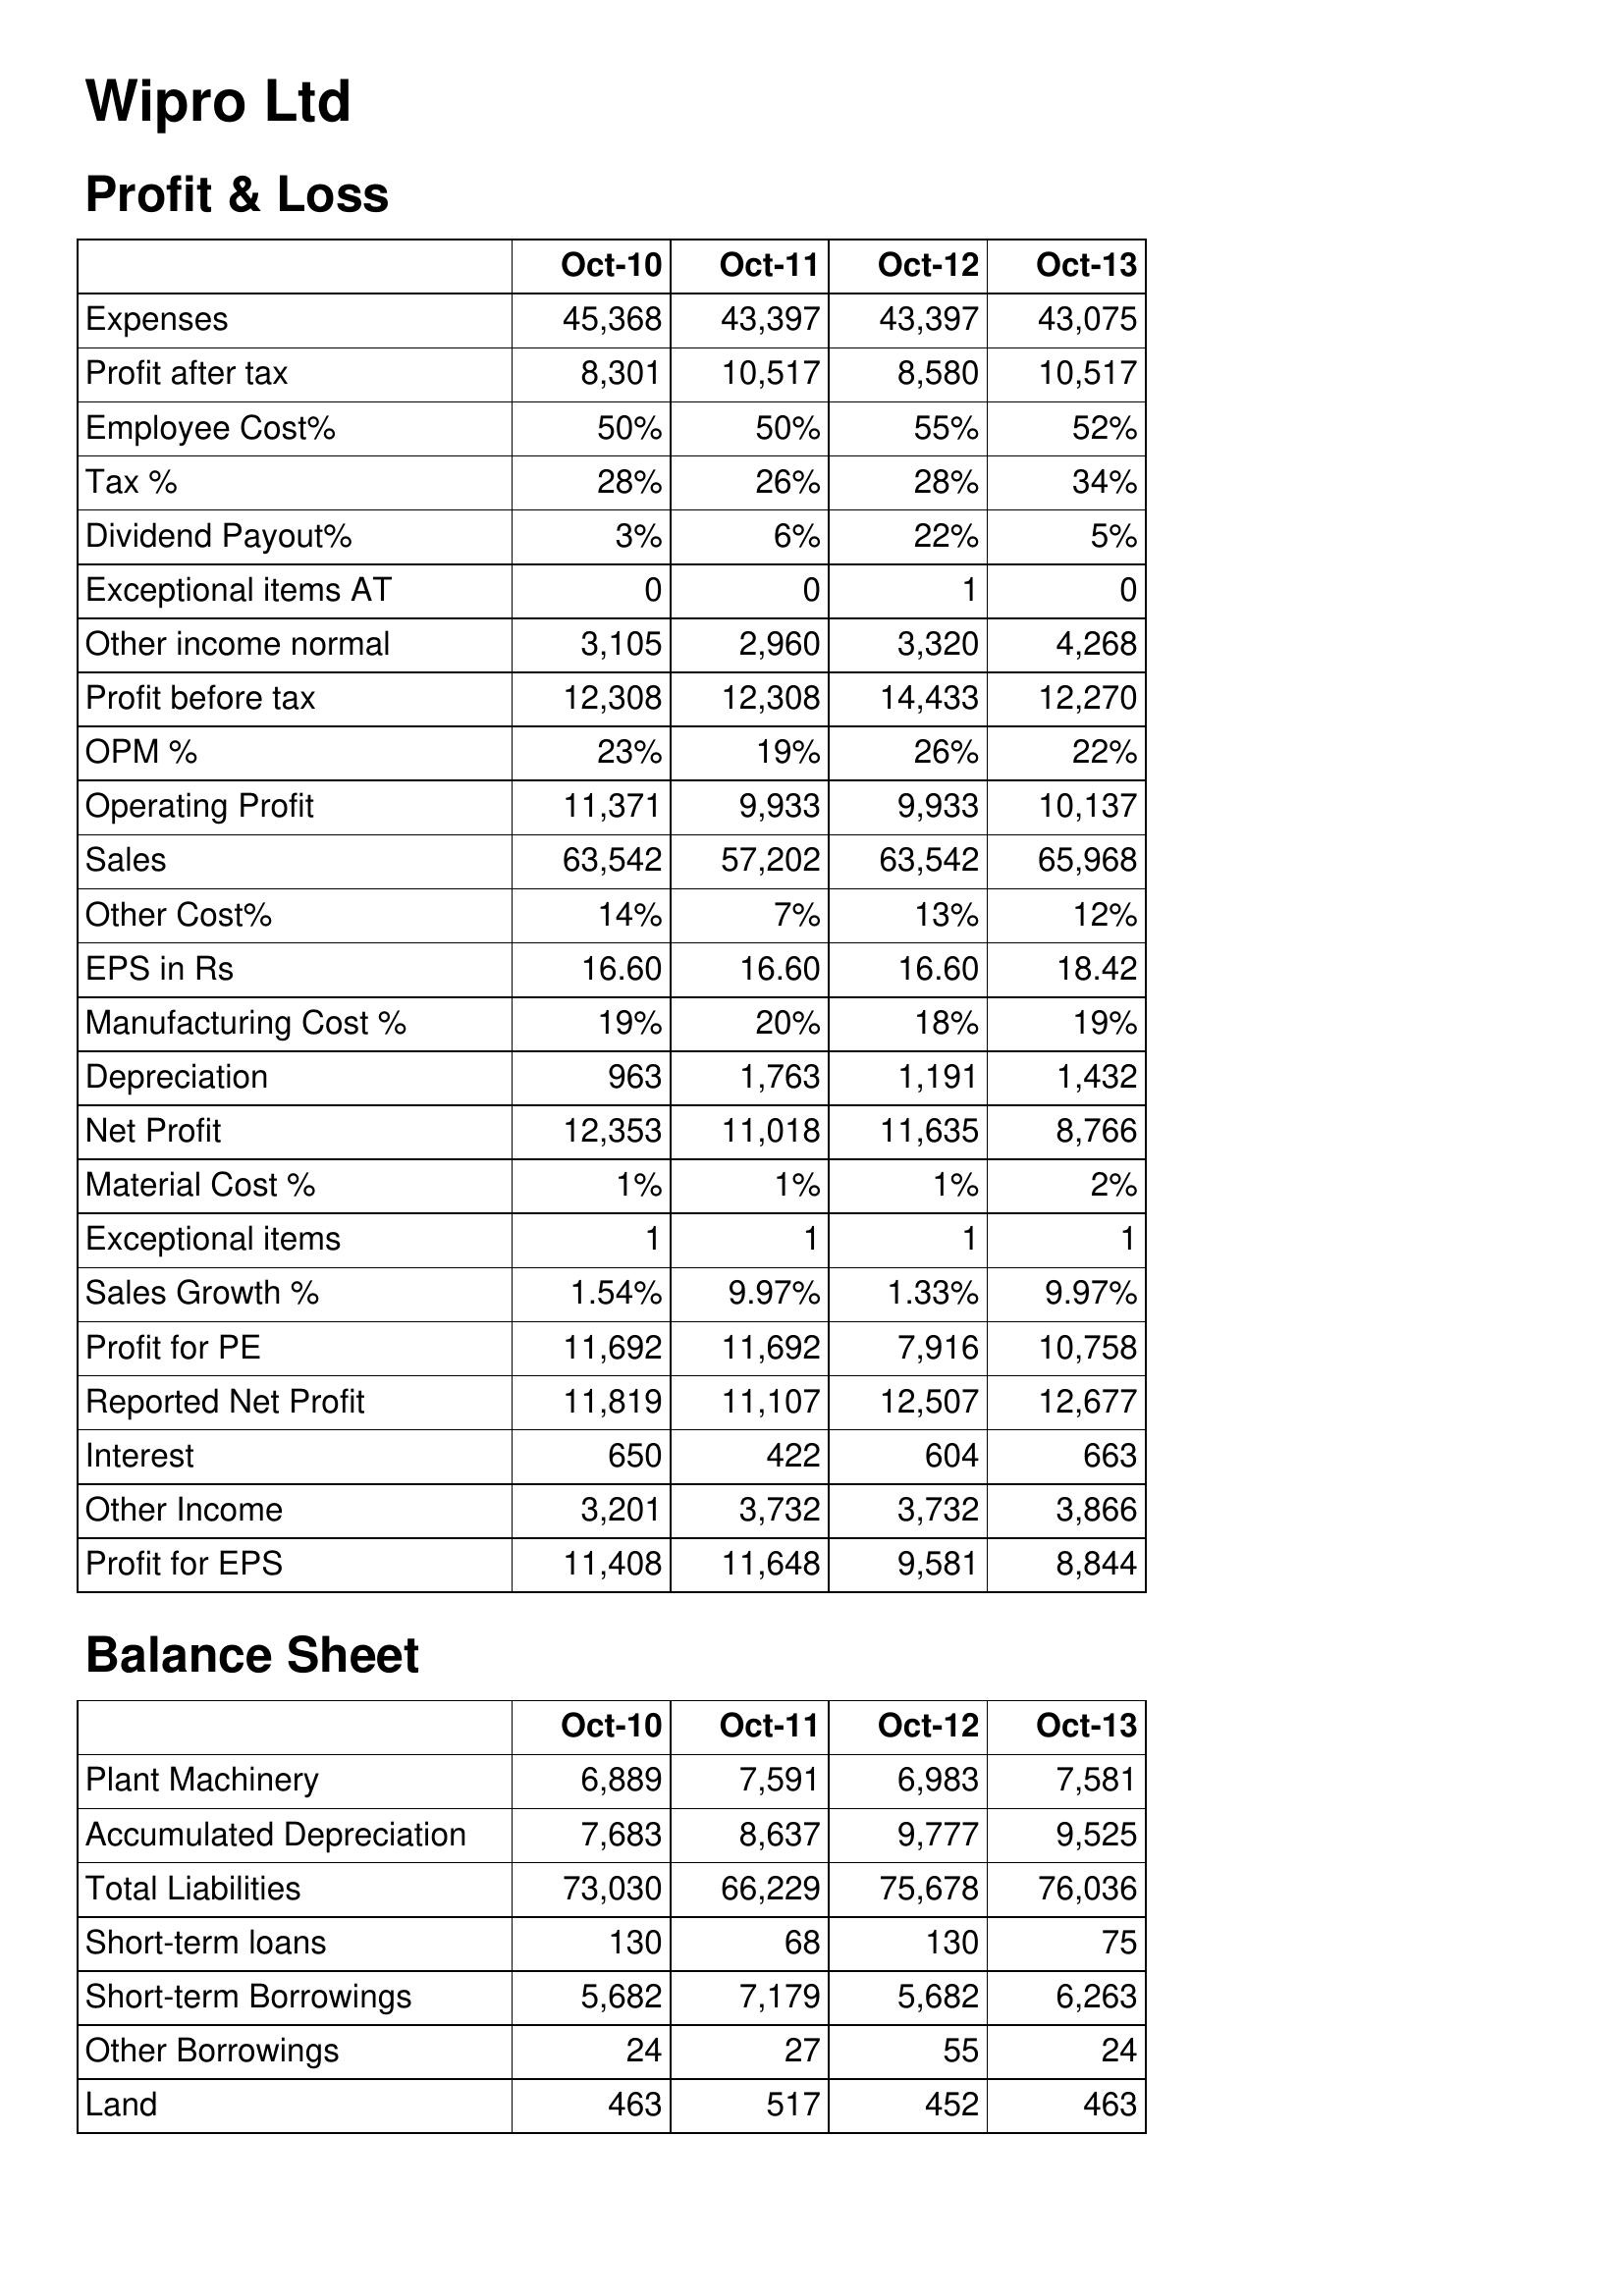
Oct-10: Profit & Loss: Expenses: 45,368
Profit after tax: 8,301
Employee Cost%: 50%
Tax %: 28%
Dividend Payout%: 3%
Exceptional items AT: 0
Other income normal: 3,105
Profit before tax: 12,308
OPM %: 23%
Operating Profit: 11,371
Sales: 63,542
Other Cost%: 14%
EPS in Rs: 16.60
Manufacturing Cost %: 19%
Depreciation: 963
Net Profit: 12,353
Material Cost %: 1%
Exceptional items: 1
Sales Growth %: 1.54%
Profit for PE: 11,692
Reported Net Profit: 11,819
Interest: 650
Other Income: 3,201
Profit for EPS: 11,408
Balance Sheet: Plant Machinery: 6,889
Accumulated Depreciation: 7,683
Total Liabilities: 73,030
Short-term loans: 130
Short-term Borrowings: 5,682
Other Borrowings: 24
Land: 463
Oct-11: Profit & Loss: Expenses: 43,397
Profit after tax: 10,517
Employee Cost%: 50%
Tax %: 26%
Dividend Payout%: 6%
Exceptional items AT: 0
Other income normal: 2,960
Profit before tax: 12,308
OPM %: 19%
Operating Profit: 9,933
Sales: 57,202
Other Cost%: 7%
EPS in Rs: 16.60
Manufacturing Cost %: 20%
Depreciation: 1,763
Net Profit: 11,018
Material Cost %: 1%
Exceptional items: 1
Sales Growth %: 9.97%
Profit for PE: 11,692
Reported Net Profit: 11,107
Interest: 422
Other Income: 3,732
Profit for EPS: 11,648
Balance Sheet: Plant Machinery: 7,591
Accumulated Depreciation: 8,637
Total Liabilities: 66,229
Short-term loans: 68
Short-term Borrowings: 7,179
Other Borrowings: 27
Land: 517
Oct-12: Profit & Loss: Expenses: 43,397
Profit after tax: 8,580
Employee Cost%: 55%
Tax %: 28%
Dividend Payout%: 22%
Exceptional items AT: 1
Other income normal: 3,320
Profit before tax: 14,433
OPM %: 26%
Operating Profit: 9,933
Sales: 63,542
Other Cost%: 13%
EPS in Rs: 16.60
Manufacturing Cost %: 18%
Depreciation: 1,191
Net Profit: 11,635
Material Cost %: 1%
Exceptional items: 1
Sales Growth %: 1.33%
Profit for PE: 7,916
Reported Net Profit: 12,507
Interest: 604
Other Income: 3,732
Profit for EPS: 9,581
Balance Sheet: Plant Machinery: 6,983
Accumulated Depreciation: 9,777
Total Liabilities: 75,678
Short-term loans: 130
Short-term Borrowings: 5,682
Other Borrowings: 55
Land: 452
Oct-13: Profit & Loss: Expenses: 43,075
Profit after tax: 10,517
Employee Cost%: 52%
Tax %: 34%
Dividend Payout%: 5%
Exceptional items AT: 0
Other income normal: 4,268
Profit before tax: 12,270
OPM %: 22%
Operating Profit: 10,137
Sales: 65,968
Other Cost%: 12%
EPS in Rs: 18.42
Manufacturing Cost %: 19%
Depreciation: 1,432
Net Profit: 8,766
Material Cost %: 2%
Exceptional items: 1
Sales Growth %: 9.97%
Profit for PE: 10,758
Reported Net Profit: 12,677
Interest: 663
Other Income: 3,866
Profit for EPS: 8,844
Balance Sheet: Plant Machinery: 7,581
Accumulated Depreciation: 9,525
Total Liabilities: 76,036
Short-term loans: 75
Short-term Borrowings: 6,263
Other Borrowings: 24
Land: 463